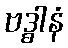
ဗဒ္ဓါနံ